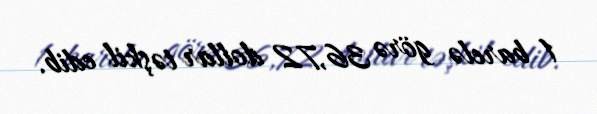
1 barelə görə 36,72 dollar təşkil edib.